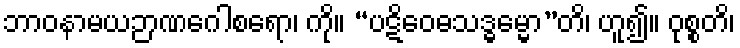
ဘာဝနာမယဉာဏဂေါစရော၊ ကို။ “ပဋိဝေဓသဒ္ဓမ္မော”တိ၊ ဟူ၍။ ဝုစ္စတိ၊